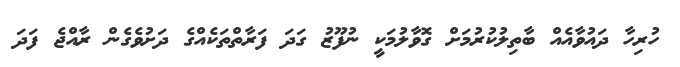
ހުރިހާ ދައުވާއެއް ބާތިލުކުރުމަށް ގޮވާލުމަކީ ނުފޫޒު ގަދަ ފަރާތްތަކެއްގެ ދަށުވެގެން ރާއްޖެ ފަދަ